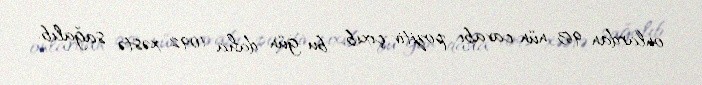
onlardan 963-nün cavabı pozitiv çıxıb, bu gün daha 1092 xəstə sağalıb.